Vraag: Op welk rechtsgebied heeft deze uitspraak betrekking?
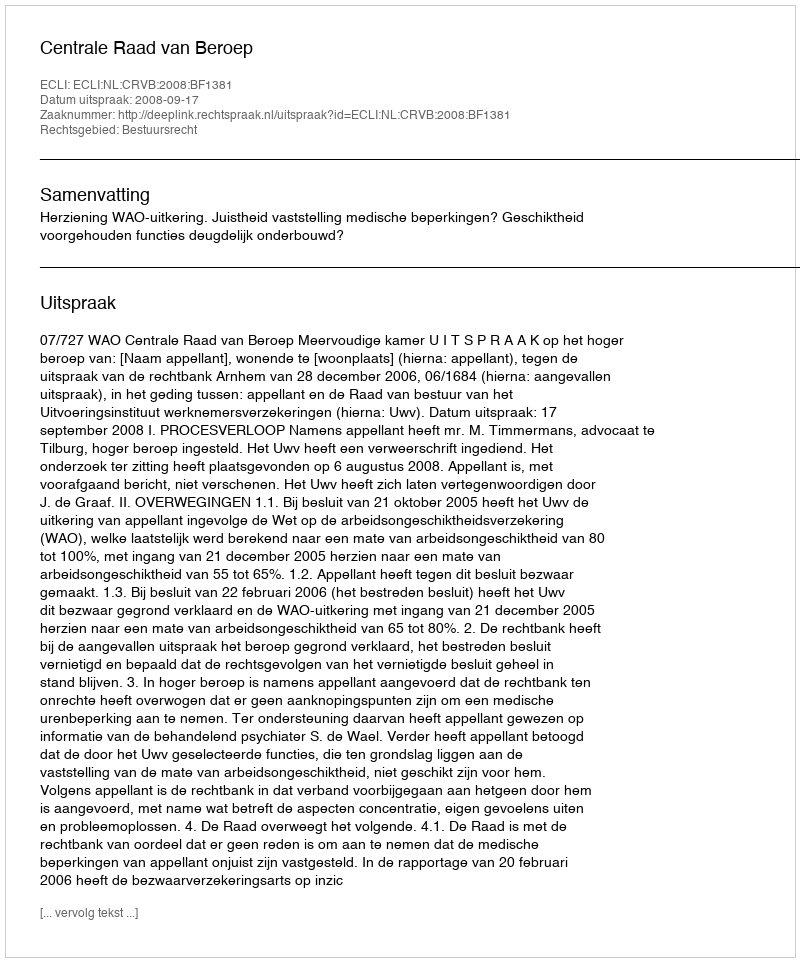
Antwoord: Bestuursrecht